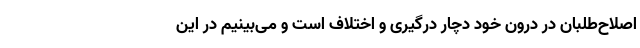
اصلاح‌طلبان در درون خود دچار درگیری و اختلاف است و می‌بینیم در این